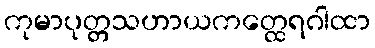
ကုမာပုတ္တသဟာယကတ္ထေရဂါထာ